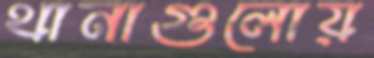
থানাগুলোয়